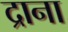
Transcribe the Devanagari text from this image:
द्राना